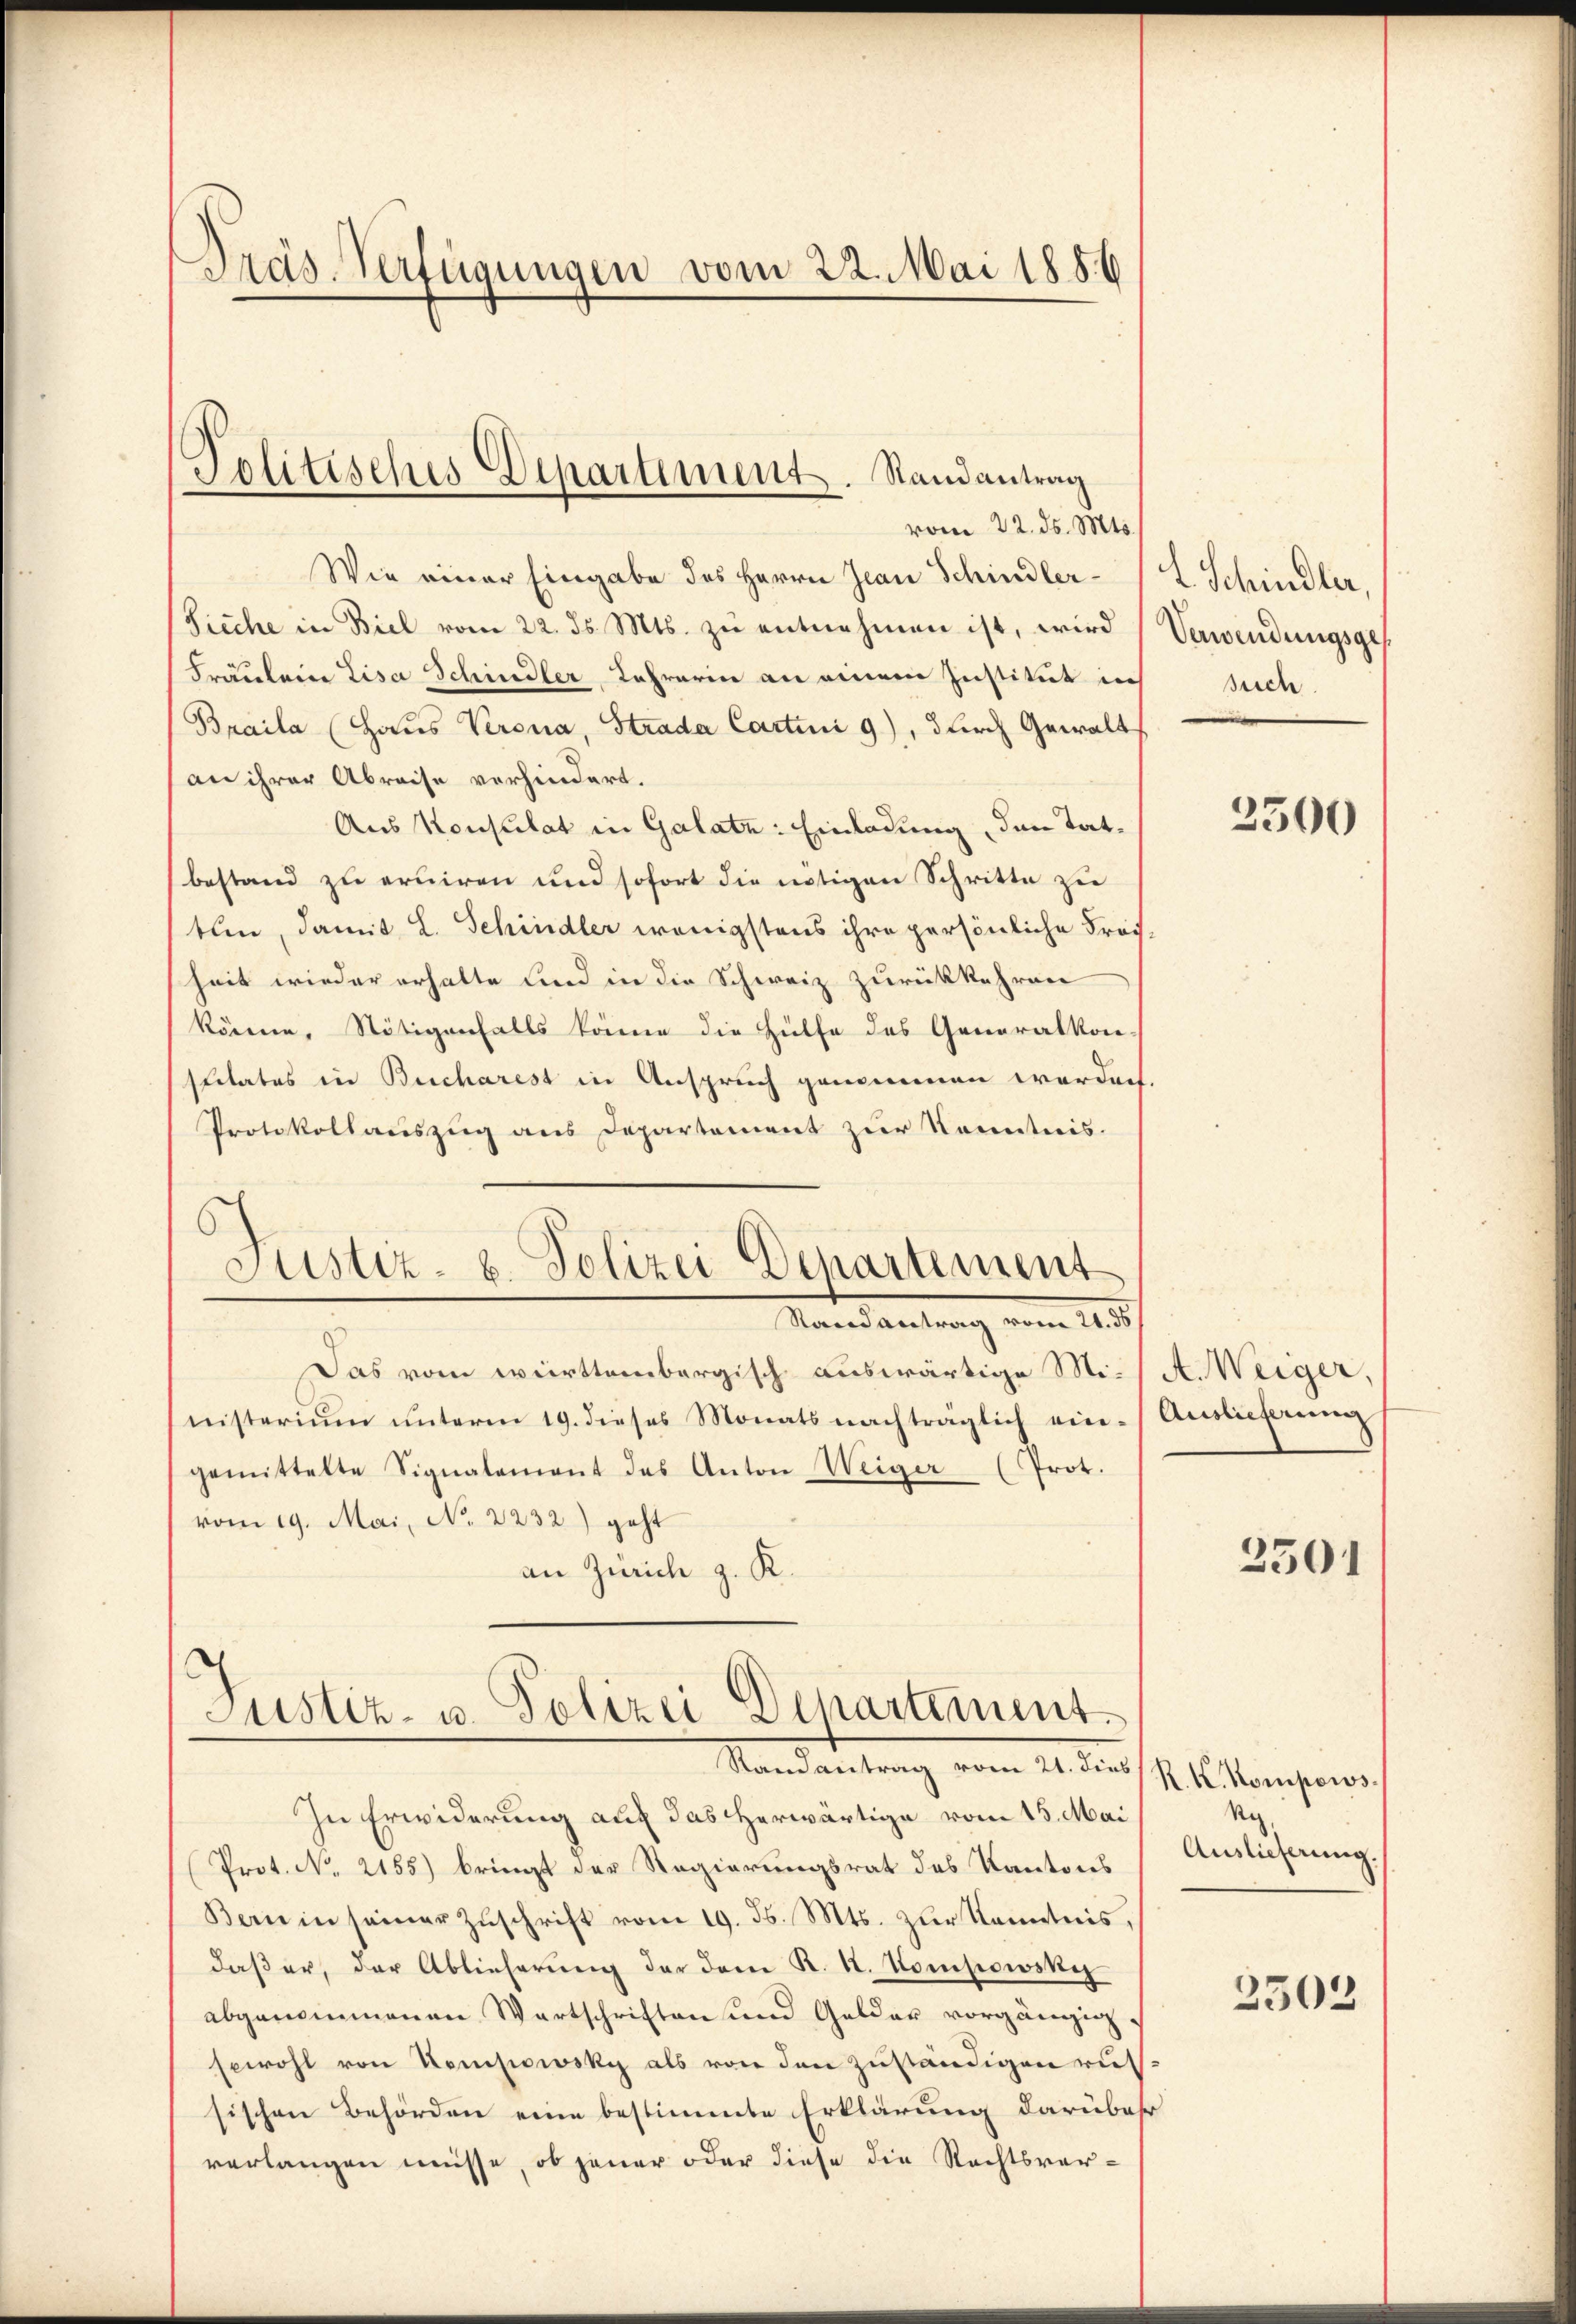
Pas-Verfügungen vom 22. Mai 1886

Wie einer Eingabe des Herrn Jean Schindler¬
Sieche in Biel vom 22. ds. Mts. zu entnehmen ist, wird
Fräulein Lisa Schindler, Lehrerin an einem Institut in
Braila (Haus Verona, Strada Cartini 9), durch Gewalt
an ihrer Abreise verhindert.
Aus Konsulat in Galatz: Einladung, den Tatbestand zu eruiren und sofort die nötigen Schritte zu
tun, damit L. Schindler wenigstens ihre persönliche Freiheit wieder erhalte sind in die Schweiz zurückkehren
könne. Nötigenfalls könne die Hülfe des Generalkon
stitates in Bucharest in Anspruch genommen werden.
Protokollauszug aus Departement zur Kenntnis-
E
Justiz- u. Polizei Departement
Randantrag vom 21. ds
Das vom württembergisch auswärtige Ministerium unterm 19. dieses Monats nachträglich eingemittelte Signatament des Anton Weiger (Prot.
vom 19. Mai, No. 2232) geht
an Zürich z. K.

Politisches Departiment. Randantrag
vom 22. ds. Mts.

Justiz- u. Polizei Departement
Randantrag vom 21. dies

In Erwiderung auf das herwärtige vom 15. Mai
Prot. No. 2155) bringt der Regierungsrat des Kantons
Bern in seiner Zuschrift vom 19. d. Mts. zur Kenntnis,
daβ er, der Ablieferŭng der dem K. A. Kompowski
abgenommenen Wartschriften und Gelder vorgängig.
sowohl von Kompowsky als von den zuständigen zusischen Behörden eine bestimmte Erklärung darüber
verlangen müsse, ob jener oder diese die Rechtsver¬

L Schindler,
Verwendungsgesrich

2500

A. Weiger,
Auslieferung

2501

R. K. Kompows
Weg,
Auslieferung.

2503